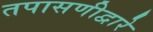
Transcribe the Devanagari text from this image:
तपासणीद्वारे